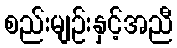
စည်းမျဉ်းနှင့်အညီ